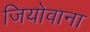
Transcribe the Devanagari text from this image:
जियोवाना